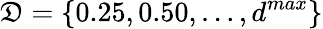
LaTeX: \mathfrak{D}=\{ 0.25,0.50,\dots,d^{max}\}